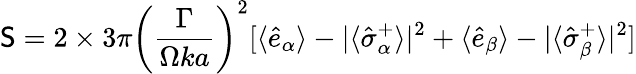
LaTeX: {\sf S}=2\times 3\pi\left(\frac{\Gamma}{\Omega ka}\right)^{2}[\langle\hat{e}_{\alpha}\rangle-|\langle\hat{\sigma}_{\alpha}^{+}\rangle|^{2}+\langle\hat{e}_{\beta}\rangle-|\langle\hat{\sigma}_{\beta}^{+}\rangle|^{2}]